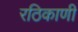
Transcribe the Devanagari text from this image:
रठिकाणी